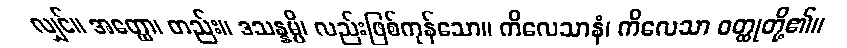
လျှင်။ အတ္ထော၊ တည်း။ ဒသန္နမ္ပိ၊ လည်းဖြစ်ကုန်သော။ ကိလေသာနံ၊ ကိလေသာ ဝတ္ထုတို့၏။